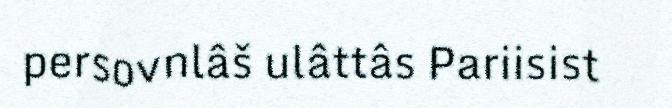
persovnlâš ulâttâs Pariisist